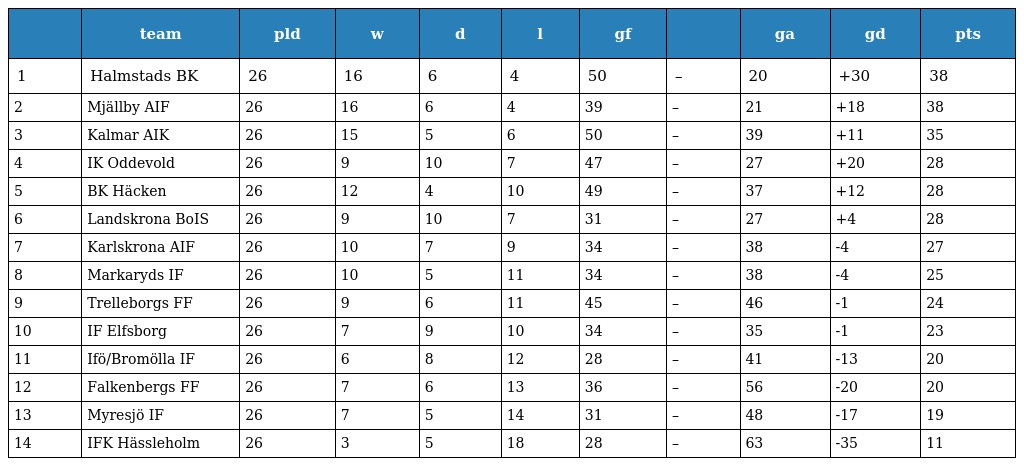
|  | team | pld | w | d | l | gf |  | ga | gd | pts |
 | --- | --- | --- | --- | --- | --- | --- | --- | --- | --- | --- |
 | 1 | Halmstads BK | 26 | 16 | 6 | 4 | 50 | – | 20 | +30 | 38 |
 | 2 | Mjällby AIF | 26 | 16 | 6 | 4 | 39 | – | 21 | +18 | 38 |
 | 3 | Kalmar AIK | 26 | 15 | 5 | 6 | 50 | – | 39 | +11 | 35 |
 | 4 | IK Oddevold | 26 | 9 | 10 | 7 | 47 | – | 27 | +20 | 28 |
 | 5 | BK Häcken | 26 | 12 | 4 | 10 | 49 | – | 37 | +12 | 28 |
 | 6 | Landskrona BoIS | 26 | 9 | 10 | 7 | 31 | – | 27 | +4 | 28 |
 | 7 | Karlskrona AIF | 26 | 10 | 7 | 9 | 34 | – | 38 | -4 | 27 |
 | 8 | Markaryds IF | 26 | 10 | 5 | 11 | 34 | – | 38 | -4 | 25 |
 | 9 | Trelleborgs FF | 26 | 9 | 6 | 11 | 45 | – | 46 | -1 | 24 |
 | 10 | IF Elfsborg | 26 | 7 | 9 | 10 | 34 | – | 35 | -1 | 23 |
 | 11 | Ifö/Bromölla IF | 26 | 6 | 8 | 12 | 28 | – | 41 | -13 | 20 |
 | 12 | Falkenbergs FF | 26 | 7 | 6 | 13 | 36 | – | 56 | -20 | 20 |
 | 13 | Myresjö IF | 26 | 7 | 5 | 14 | 31 | – | 48 | -17 | 19 |
 | 14 | IFK Hässleholm | 26 | 3 | 5 | 18 | 28 | – | 63 | -35 | 11 |